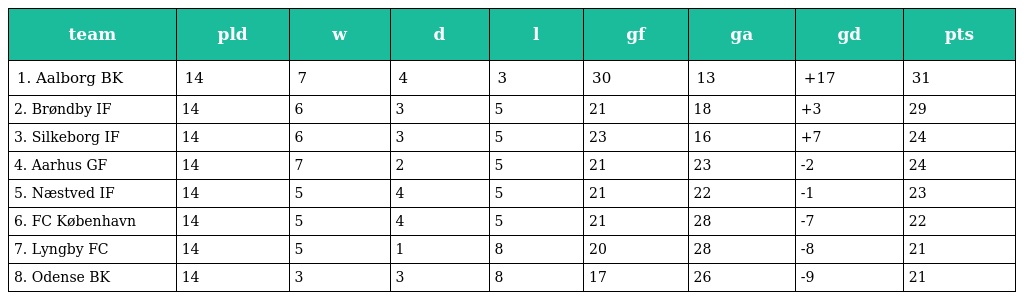
| team | pld | w | d | l | gf | ga | gd | pts |
 | --- | --- | --- | --- | --- | --- | --- | --- | --- |
 | 1. Aalborg BK | 14 | 7 | 4 | 3 | 30 | 13 | +17 | 31 |
 | 2. Brøndby IF | 14 | 6 | 3 | 5 | 21 | 18 | +3 | 29 |
 | 3. Silkeborg IF | 14 | 6 | 3 | 5 | 23 | 16 | +7 | 24 |
 | 4. Aarhus GF | 14 | 7 | 2 | 5 | 21 | 23 | -2 | 24 |
 | 5. Næstved IF | 14 | 5 | 4 | 5 | 21 | 22 | -1 | 23 |
 | 6. FC København | 14 | 5 | 4 | 5 | 21 | 28 | -7 | 22 |
 | 7. Lyngby FC | 14 | 5 | 1 | 8 | 20 | 28 | -8 | 21 |
 | 8. Odense BK | 14 | 3 | 3 | 8 | 17 | 26 | -9 | 21 |